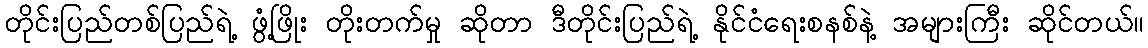
တိုင်းပြည်တစ်ပြည်ရဲ့ ဖွံ့ဖြိုး တိုးတက်မှု ဆိုတာ ဒီတိုင်းပြည်ရဲ့ နိုင်ငံရေးစနစ်နဲ့ အများကြီး ဆိုင်တယ်။